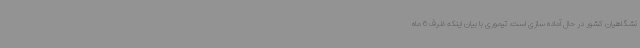
نشگاهیان کشور در حال آماده سازی است. تیموری با بیان اینکه ظرف 6 ماه